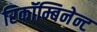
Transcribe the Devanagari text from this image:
रिकॉम्बिनेन्ट